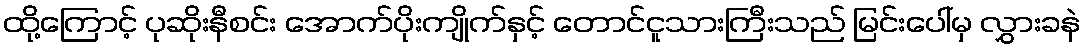
ထို့ကြောင့် ပုဆိုးနီစင်း အောက်ပိုးကျိုက်နှင့် တောင်ငူသားကြီးသည် မြင်းပေါ်မှ လွှားခနဲ